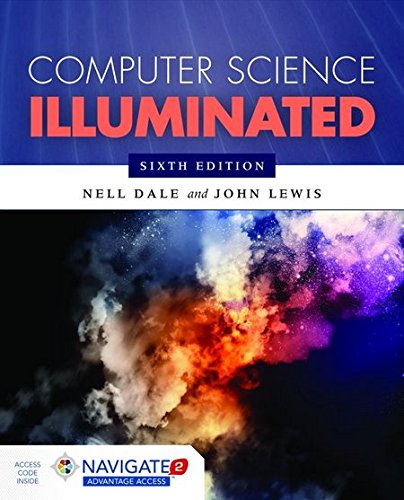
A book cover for Computer Science Illuminated; Nell Dale; Computers & Technology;